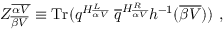
{ \cal Z } _ { \overline { { { \beta V } } } } ^ { \overline { { { \alpha V } } } } \equiv \mathrm { T r } ( q ^ { H _ { \overline { { { \alpha V } } } } ^ { L } } ~ { \overline { { q } } } ^ { H _ { \overline { { { \alpha V } } } } ^ { R } } h ^ { - 1 } ( { \overline { { { \beta V } } } } ) ) ~ ,